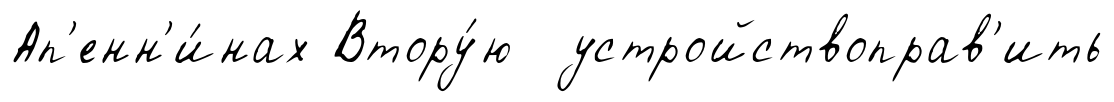
Ап'енн'и́нах Втору́ю устройствоправ'ить